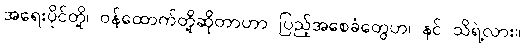
အရေးပိုင်တို့၊ ဝန်ထောက်တို့ဆိုတာဟာ ပြည့်အစေခံတွေဟ၊ နင် သိရဲ့လား။